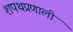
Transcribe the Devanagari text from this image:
शपथप्रणाली